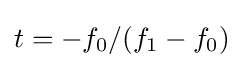
t=-f_{0}/(f_{1}-f_{0})